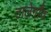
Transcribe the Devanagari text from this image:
तालेगाँव